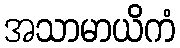
အသာမာယိကံ